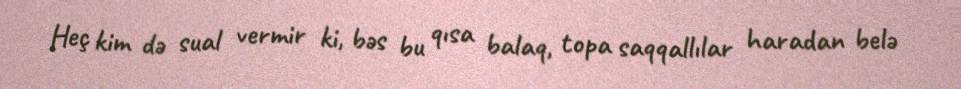
Heç kim də sual vermir ki, bəs bu qısa balaq, topa saqqallılar haradan belə